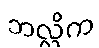
ဘလ္လိက